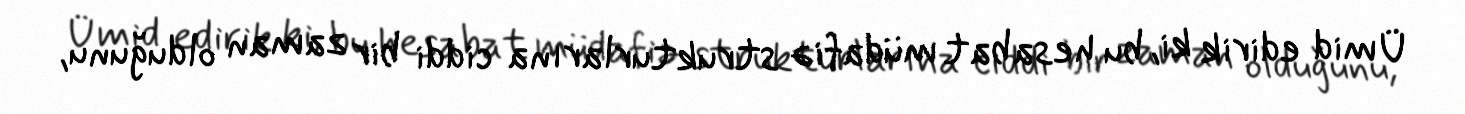
Ümid edirik ki, bu hesabat müdafiə strukturlarına ciddi bir zaman olduğunu,